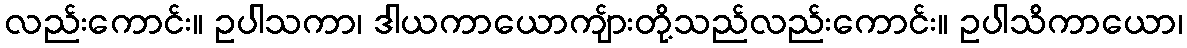
လည်းကောင်း။ ဥပါသကာ၊ ဒါယကာယောကျ်ားတို့သည်လည်းကောင်း။ ဥပါသိကာယော၊